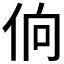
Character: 𰁼